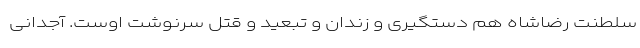
سلطنت رضاشاه هم دستگیری و زندان و تبعید و قتل سرنوشت اوست. آجدانی